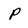
Character: p